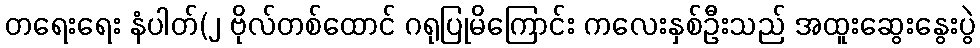
တရေးရေး နံပါတ်(၂ ဗိုလ်တစ်ထောင် ဂရုပြုမိကြောင်း ကလေးနှစ်ဦးသည် အထူးဆွေးနွေးပွဲ